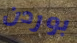
بوردن